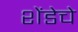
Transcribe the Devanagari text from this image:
शेंडेचे